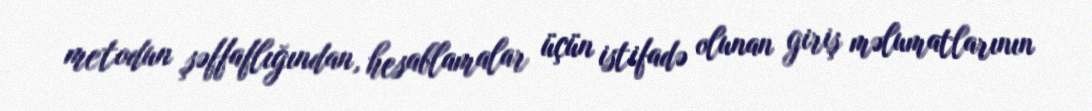
metodun şəffaflığından, hesablamalar üçün istifadə olunan giriş məlumatlarının